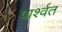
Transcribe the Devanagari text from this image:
पार्श्वत